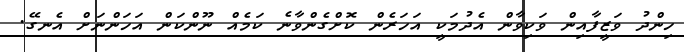
ހިންދު ވަޒީފާއިން ވަކިވާން އެދުމަކީ އަހަރެން ކޮށްގެންވާނެ ކަމެއް ނޫންކަން އަހަންނަށް އެނގޭ.